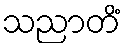
သညာတိံ